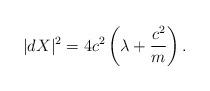
LaTeX: \begin{align*}|dX|^2=4c^2 \left ( \lambda +\frac{c^2}{m}\right ).\end{align*}